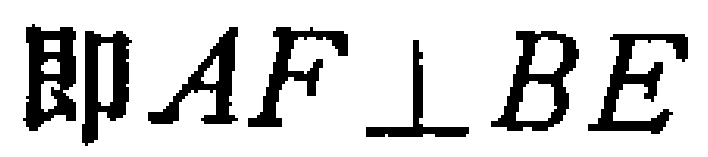
即$AF\perp BE$